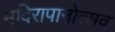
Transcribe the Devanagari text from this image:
मदिरापानोत्सव